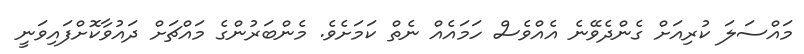
މައްސަލަ ކުރިއަށް ގެންދެވޭނެ އެއްވެސް ހަމައެއް ނެތް ކަމަށެވެ. މެންބަރުންގެ މައްޗަށް ދައުވާކޮށްފައިވަނީ